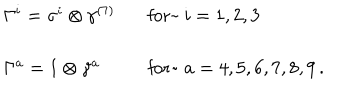
\begin{array} { l l } { { \Gamma ^ { i } = \sigma ^ { i } \otimes \gamma ^ { ( 7 ) } } } & { { \mathrm { f o r ~ } ~ i = 1 , 2 , 3 } } \\ { { { } } } & { { { } } } \\ { { \Gamma ^ { a } = 1 \otimes \gamma ^ { a } } } & { { \mathrm { f o r ~ } ~ a = 4 , 5 , 6 , 7 , 8 , 9 \, . } } \\ \end{array}